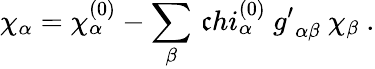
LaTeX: \chi_{\alpha}=\chi_{\alpha}^{(0)}-\sum_{\beta}\, \mathfrak{c}hi_{\alpha}^{(0)}\ {g^{\prime}}_{\alpha\beta}\ \chi_{\beta}\ .